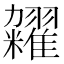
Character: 𫃙